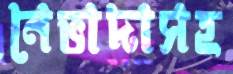
নেভাদাসহ